Report on malaria in the Punjab during the year ...  together with an account of the work of the Punjab Malaria Bureau - Volume 5
Disease focus: Malaria
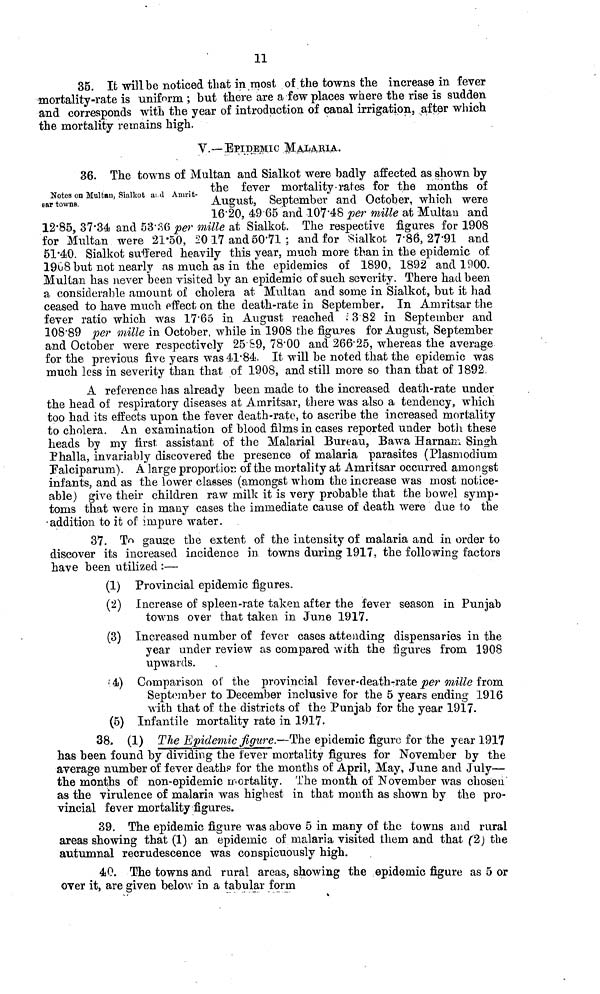
11
35. It will be noticed that in most of the towns the increase in fever
nortality-rate is uniform ; but there are a few places where the rise is sudden
and corresponds with the year of introduction of canal irrigation, after which
;he mortality remains high.
V.—EPIDEMIC
36. The towns of Multan and Sialkot were badly affected as shown by
and
Notes on Multan, Sialkot and Anmrit- August. September ear towns.
August, September and O
16.20, 4965 and 107.48 per mille at Multan and
12.85, 37.34 and 53.36 per mille at Sialkot. The respective figures for 1908
for Multan were 21.50, 20.17 and 50.71 ; and for Sialkot 7.86,27*91 and
51.40. Sialkot suffered heavily this year, much more than in the epidemic of
1908 but not nearly as much as in the epidemics of 1890, 1892 and 1900.
Multan has never been visited by an epidemic of such severity. There had been
a considerable amount of cholera at Multan and some in Sialkot, but it had
ceased to have much effect on the death-rate in September. In Amritsar the
fever ratio which was 17.65 in August reached
3.82 in September and
108.89 per mille in October, while in 1908 the figures for August, September
and October were respectively 25 59, 78.00 and 266.25, whereas the average
for the previous five years was 41.84. It will be noted that the epidemic was
much less in severity than that of 1908, and still more so than that of 1892.
A reference has already been made to the increased death-rate under
the head of respiratory diseases at Amritsar, there was also a tendency, which
too had its effects upon the fever death-rate, to ascribe the increased mortality
to cholera. An examination of blood films in cases reported under both these
heads by my first assistant of the Malarial Bureau, Bawa Harnam Singh
Phalla, invariably discovered the presence of malaria parasites (Plasmodium
Falciparum). A large proportion of the mortality at Amritsar occurred amongst
infants, and as the lower classes (amongst whom the increase was most notice-
able) give their children raw milk it is very probable that the bowel symp-
toms that were in many cases the immediate cause of death were due to the
-addition to it of impure water.
37. To gauge the extent of the intensity of malaria and in order to
discover its increased incidence in towns during 1917, the following factors
have been utilized :—
(1) Provincial epidemic figures.
(2) Increase of spleen-rate taken after the fever season in Punjab
towns over that taken in June 1917.
(3) Increased number of fever cases attending dispensaries in the
year under review as compared with the figures from 1908
upwards.
4) Comparison of the provincial fever-death-rate per mille from
September to December inclusive for the 5 years ending 1916
with that of the districts of the Punjab for the year 1917.
(5) Infantile mortality rate in 1917.
38. (1) The Epidemic figure.—The epidemic figure for the year 1917
has been found by dividing the fever mortality figures for November by the
average number of fever deaths for the months of April, May, June and July—
the months of non-epidemic mortality. The month of November was chosen
as the virulence of malaria was highest in that month as shown by the pro-
vincial fever mortality figures.
39. The epidemic figure was above 5 in many of the towns and rural
areas showing that (1) an epidemic of malaria visited them and that (2) the
autumnal recrudescence was conspicuously high.
40. The towns and rural areas, showing the epidemic figure as 5 or
over it, are given below in a tabular form